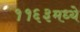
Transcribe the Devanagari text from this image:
११६३मध्ये